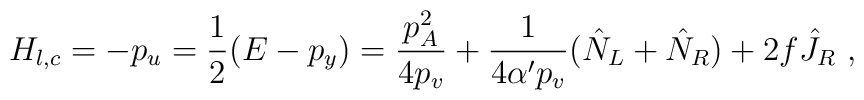
H_{l,c} = - p_u = \frac{1}{2}(E - p_y)   = \frac{p^2_A}{4 p_v}  + \frac{1}{4 \alpha ' p_v} (\hat N _L + \hat N _R)    + 2 f \hat J_R ~,